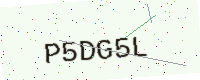
Text: P5DG5L